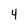
Character: 4